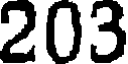
203